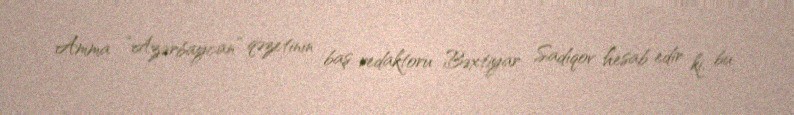
Amma “Azərbaycan” qəzetinin baş redaktoru Bəxtiyar Sadıqov hesab edir ki, bu